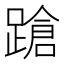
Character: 蹌